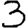
Digit: 3